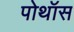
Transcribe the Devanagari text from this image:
पोथॉस